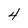
Character: 4